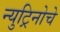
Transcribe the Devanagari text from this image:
न्युट्रिनोचे